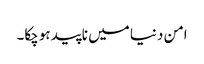
امن دنیا میں ناپید ہوچکا۔